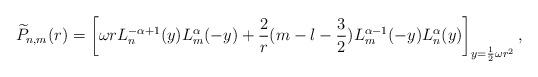
LaTeX: \begin{align*}\widetilde{P}_{n,m}(r)=\left[\omega rL^{-\alpha+1}_n(y)L^{\alpha}_m(-y)+\frac{2}{r}(m-l-\frac{3}{2})L^{\alpha-1}_m(-y)L^{\alpha}_n(y)\right]_{y=\frac{1}{2}\omega r^2},\end{align*}